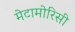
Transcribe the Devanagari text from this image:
मेटामोरिसी